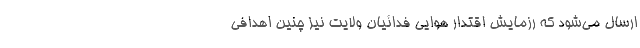
ارسال می‌شود که رزمایش اقتدار هوایی فدائیان ولایت نیز چنین اهدافی